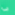
فى